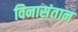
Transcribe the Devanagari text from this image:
विनासंतान